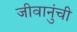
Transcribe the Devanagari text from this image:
जीवानुंची